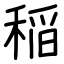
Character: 稲